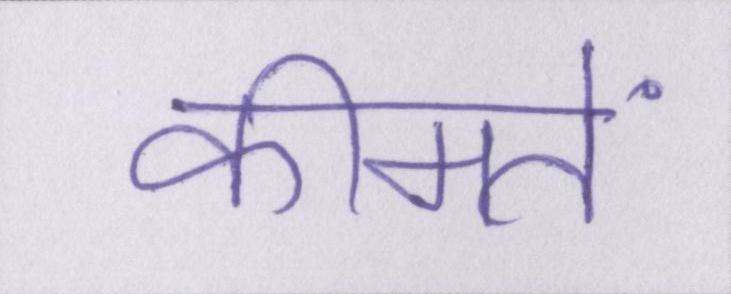
कीमतें